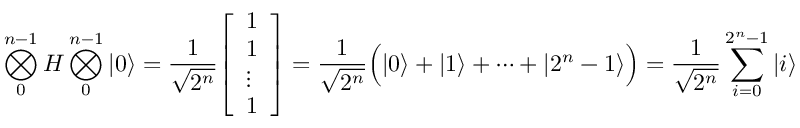
\bigotimes _ { 0 } ^ { n - 1 } H \bigotimes _ { 0 } ^ { n - 1 } | 0 \rangle = { \frac { 1 } { \sqrt { 2 ^ { n } } } } { \left[ \begin{array} { l } { 1 } \\ { 1 } \\ { \vdots } \\ { 1 } \end{array} \right] } = { \frac { 1 } { \sqrt { 2 ^ { n } } } } { \Big ( } | 0 \rangle + | 1 \rangle + \dots + | 2 ^ { n } - 1 \rangle { \Big ) } = { \frac { 1 } { \sqrt { 2 ^ { n } } } } \sum _ { i = 0 } ^ { 2 ^ { n } - 1 } | i \rangle